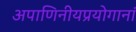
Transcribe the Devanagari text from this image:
अपाणिनीयप्रयोगानां